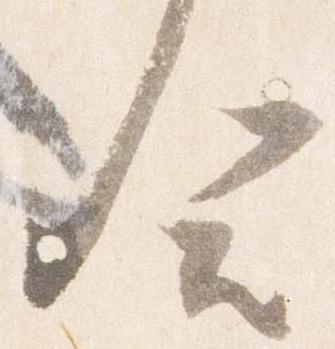
合